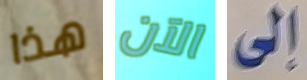
هذا الآن إلى